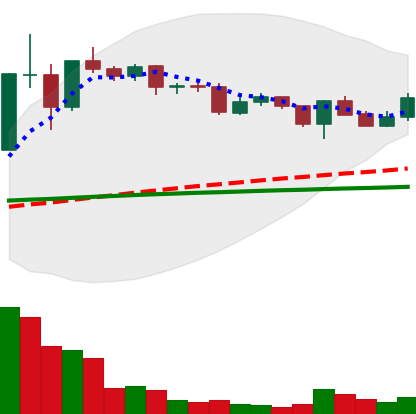
Ticker: XLM-USD
Chart end date: 2020-12-13
Forward return: 5.876%
Label: up_5_7